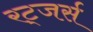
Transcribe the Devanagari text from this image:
रट्जर्स